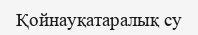
Қойнауқатаралық су